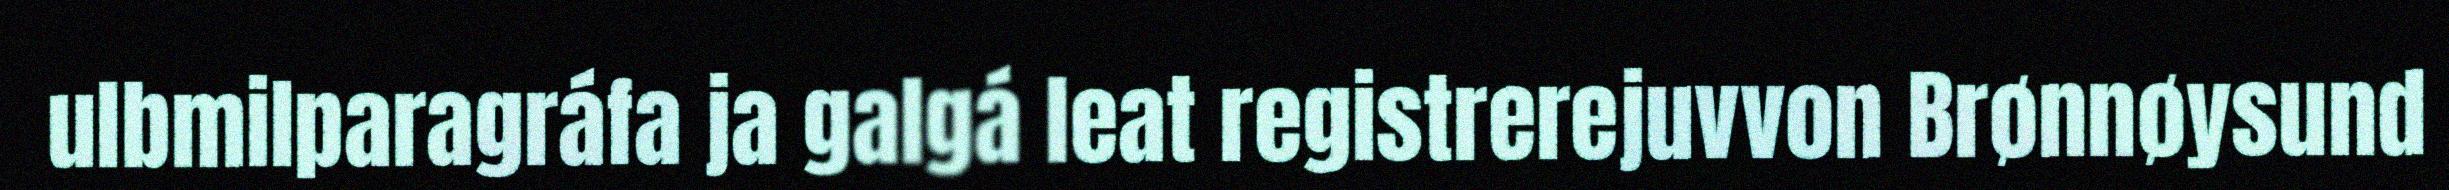
ulbmilparagráfa ja galgá leat registrerejuvvon Brønnøysund